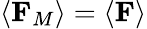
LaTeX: \left\langle\mathbf{F}_{M}\right\rangle=\left\langle\mathbf{F}\right\rangle